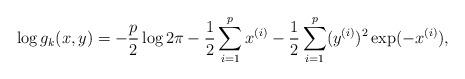
LaTeX: \begin{align*}\log g_{k}(x,y)=-\frac{p}{2}\log2\pi-\frac{1}{2}\sum_{i=1}^{p}x^{(i)}-\frac{1}{2}\sum_{i=1}^{p}(y^{(i)})^{2}\exp(-x^{(i)}),\end{align*}